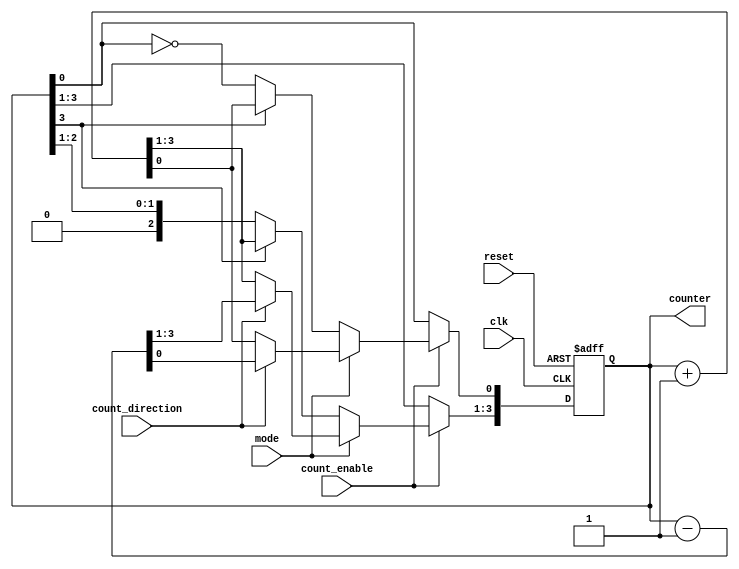
module ChainedParallelCounter (
    input wire clk,                // Global clock signal
    input wire reset,              // Asynchronous reset signal
    input wire count_enable,       // Enable counting
    input wire count_direction,     // Count direction: 0 = up, 1 = down
    input wire mode,               // Mode: 0 = chained, 1 = parallel
    output reg [N-1:0] counter     // N-bit counter output
);

// Parameter definition
parameter N = 4;                 // Number of bits in the counter

// Counter behavior
always @(posedge clk or posedge reset) begin
    if (reset) begin
        counter <= 0;             // Reset the counter to 0
    end else if (count_enable) begin
        if (mode) begin
            // Parallel Mode
            if (count_direction) begin
                counter <= counter - 1; // Count down
            end else begin
                counter <= counter + 1; // Count up
            end
        end else begin
            // Chained Mode (Ripple Count)
            if (counter[N-1] == 1'b0) begin
                counter[0] <= ~counter[0]; // Toggle LSB
            end else begin
                counter <= counter + 1; // Increment ripple counter
            end
        end
    end
end

endmodule